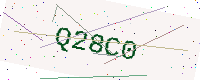
Text: Q28C0